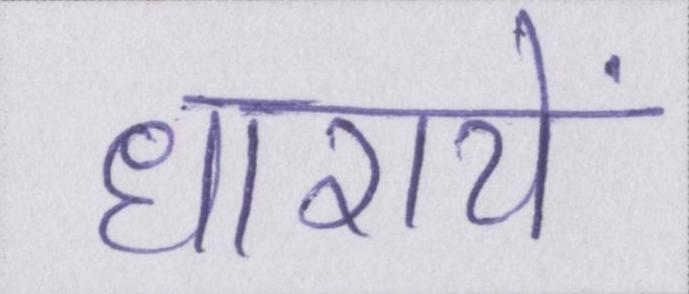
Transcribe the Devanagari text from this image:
धारायें